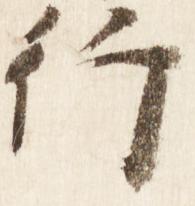
行